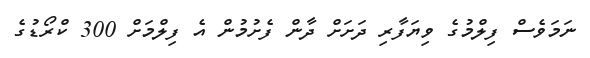
ނަމަވެސް ފިލްމުގެ ވިޔަފާރި ދަށަށް ދާން ފެށުމުން އެ ފިލްމަށް 300 ކްރޯޑުގެ